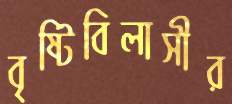
বৃষ্টিবিলাসীর